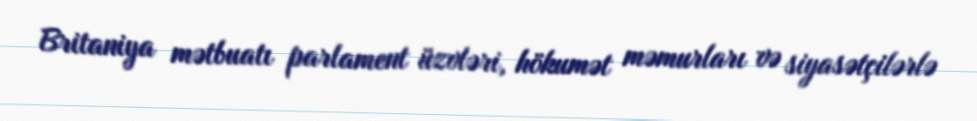
Britaniya mətbuatı parlament üzvləri, hökumət məmurları və siyasətçilərlə